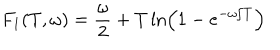
F _ { 1 } ( T , \omega ) = \frac { \omega } { 2 } + T \ln \left( 1 - e ^ { - \omega / T } \right)